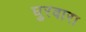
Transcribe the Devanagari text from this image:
घुरवारा